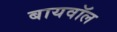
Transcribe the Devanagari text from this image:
बायवॉल